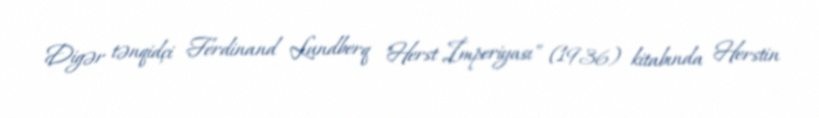
Digər tənqidçi Ferdinand Lundberq "Herst İmperiyası" (1936) kitabında Herstin